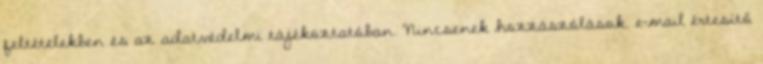
feltételekben és az adatvédelmi tájékoztatóban. Nincsenek hozzászólások. e-mail értesítő